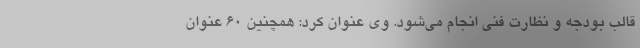
قالب بودجه و نظارت فنی انجام می‌شود. وی عنوان کرد: همچنین ۶۰ عنوان